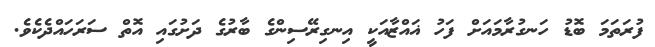
ފުރަތަމަ ބޮޑު ހަނގުރާމައަށް ފަހު ޣައްޒާއަކީ އިނގިރޭސިންގެ ބާރުގެ ދަށުގައި އޮތް ސަރަހައްދެކެވެ.